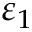
\varepsilon _ { 1 }